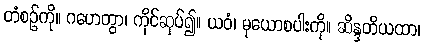
တံစဉ်ကို။ ဂဟေတွာ၊ ကိုင်ဆုပ်၍။ ယဝံ၊ မုယောစပါးကို။ ဆိန္ဒတိယထာ၊